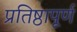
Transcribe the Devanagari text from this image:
प्रतिष्ठापूर्ण